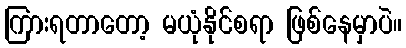
ကြားရတာတော့ မယုံနိုင်စရာ ဖြစ်နေမှာပဲ။